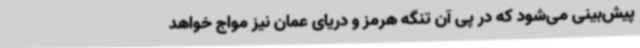
پیش‌بینی می‌شود که در پی آن تنگه هرمز و دریای عمان نیز مواج خواهد